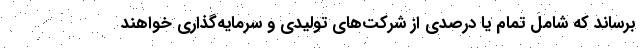
برساند که شامل تمام یا درصدی از شرکت‌های تولیدی و سرمایه‌گذاری خواهند